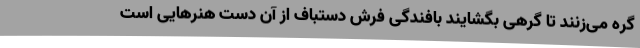
گره می‌زنند تا گرهی بگشایند بافندگی فرش دستباف از آن دست هنرهایی است